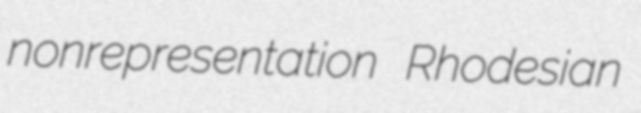
nonrepresentation Rhodesian